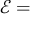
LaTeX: { \mathcal { E } } =